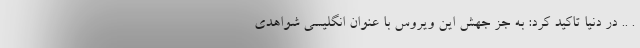
. .. در دنیا تاکید کرد: به جز جهش این ویروس با عنوان انگلیسی شواهدی